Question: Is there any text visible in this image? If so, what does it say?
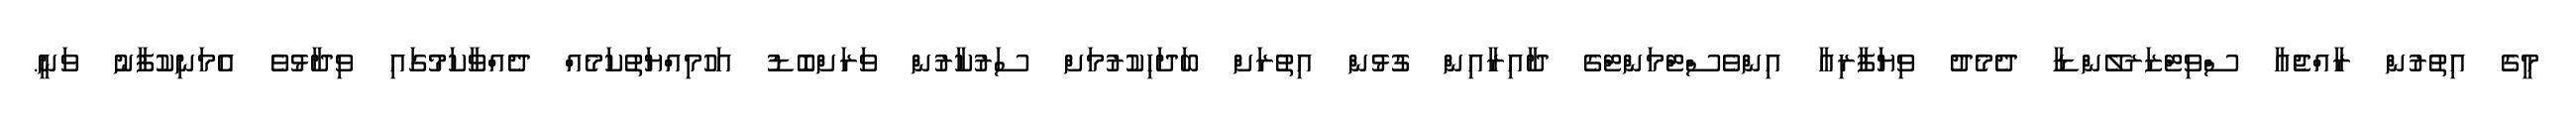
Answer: މީގެ އިތުރުން ރާއްޖެއާ ސްވިޓްޒަރލޭންޑާ ދެމެދު ވިޔަފާރިއާ އިންވެސްޓްމަންޓްގެ ދާއިރާއިން ގުޅުން އިތުރަށް ބަދަހިކުރުމަށް ސަރުކާރުން ވަރަށްބޮޑު އަހުމިއްޔަތުކަމެއް ދެއްވާކަމުގައި ވިދާޅުވެ އެމަނިކުފާނު ވަނީ.